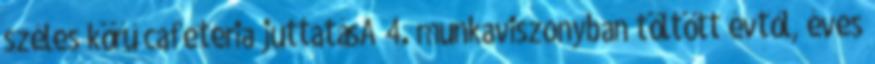
széles körű cafeteria juttatásA 4. munkaviszonyban töltött évtől, éves